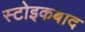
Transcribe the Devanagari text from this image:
स्टोइकबाद